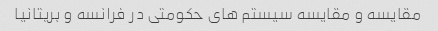
مقایسه و مقایسه سیستم های حکومتی در فرانسه و بریتانیا